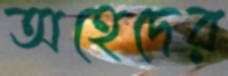
অহেদের